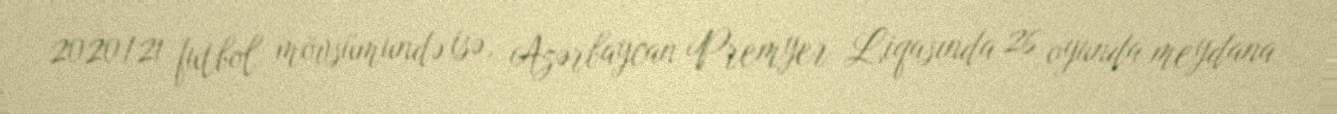
2020/21 futbol mövsümundə isə, Azərbaycan Premyer Liqasında 26 oyunda meydana